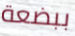
ببضعة